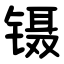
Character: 镊